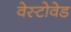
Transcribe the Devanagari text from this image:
वेस्टोवेड